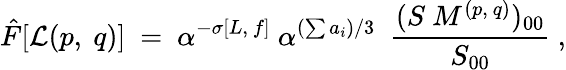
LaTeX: {\hat{F}}[{\cal L}(p,~q)]~=~\alpha^{-\sigma[L,~f]}~{\alpha}^{(\sum a_{i})/3}~~{\frac{(S~M^{(p,~q)})_{00}}{S_{00}}}~,